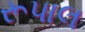
રૂપાલ